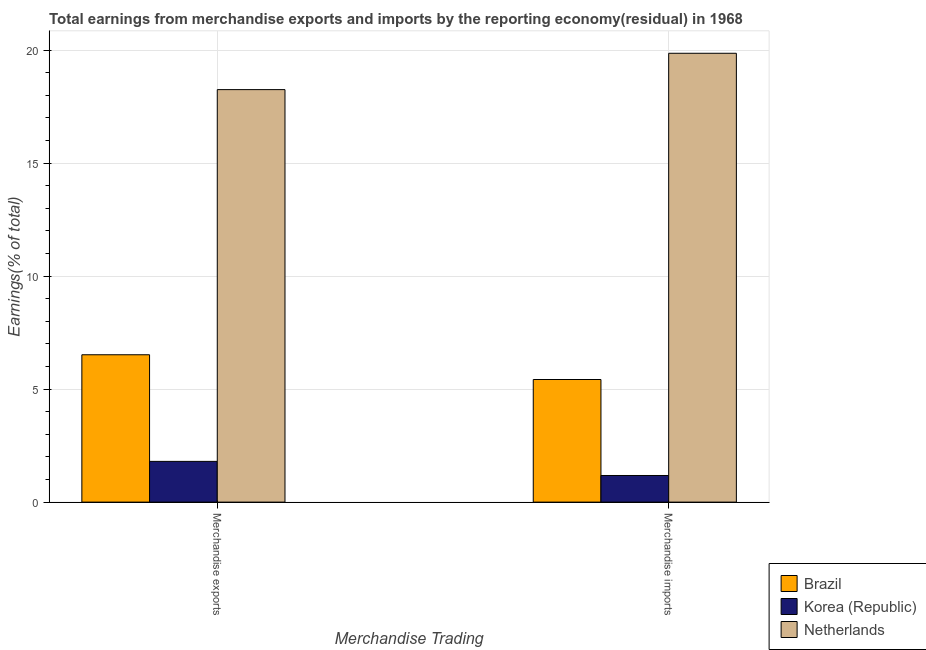
| Merchandise Trading | Brazil | Korea (Republic) | Netherlands |
 | --- | --- | --- | --- |
 | Merchandise exports | 6.52 | 1.8 | 18.3 |
 | Merchandise imports | 5.43 | 1.18 | 19.9 |